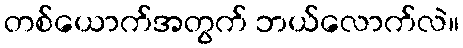
တစ်ယောက်အတွက် ဘယ်လောက်လဲ။